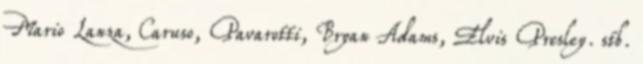
Mario Lanza, Caruso, Pavarotti, Bryan Adams, Elvis Presley. stb.